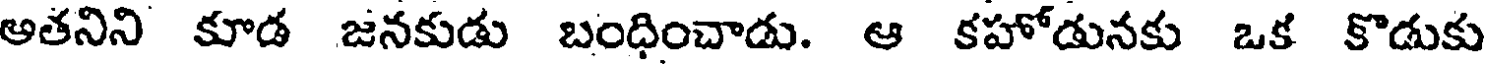
అతనిని కూడ జనకుడు బంధించాడు. ఆ కహోడునకు ఒక కొడుకు